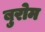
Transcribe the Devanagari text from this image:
बुरोम